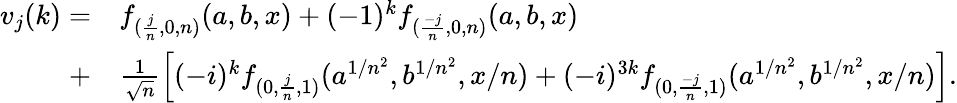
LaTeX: \begin{array}{rl}{v_{j}(k)=}&{f_{(\frac{j}{n},0,n)}(a,b,x)+(-1)^{k}f_{(\frac{-j}{n},0,n)}(a,b,x)}\\ {+}&{\frac{1}{\sqrt{n}}\left[(-i)^{k}f_{(0,\frac{j}{n},1)}(a^{1/n^{2}},b^{1/n^{2}},x/n)+(-i)^{3k}f_{(0,\frac{-j}{n},1)}(a^{1/n^{2}},b^{1/n^{2}},x/n)\right].}\end{array}